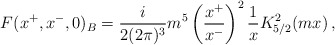
\begin{align*}F(x^+,x^-,0)_B=\frac{i}{2(2\pi)^3} m^5 \left(\frac{x^+}{x^-} \right)^2\frac{1}{x} K^2_{5/2}(mx)\,,\end{align*}